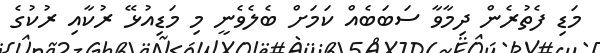
މަޑި ފެތުރެން ދިމާވާ ސަބަބެއް ކަމަށް ބެލެވެނީ މި މަޑިއުޅޭ ރުކާއި ރުކުގެ